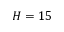
H = 1 5